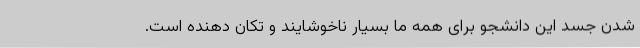
شدن جسد این دانشجو برای همه ما بسیار ناخوشایند و تکان‌ دهنده است.